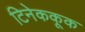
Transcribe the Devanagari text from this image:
टिनेककूक